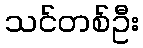
သင်တစ်ဦး